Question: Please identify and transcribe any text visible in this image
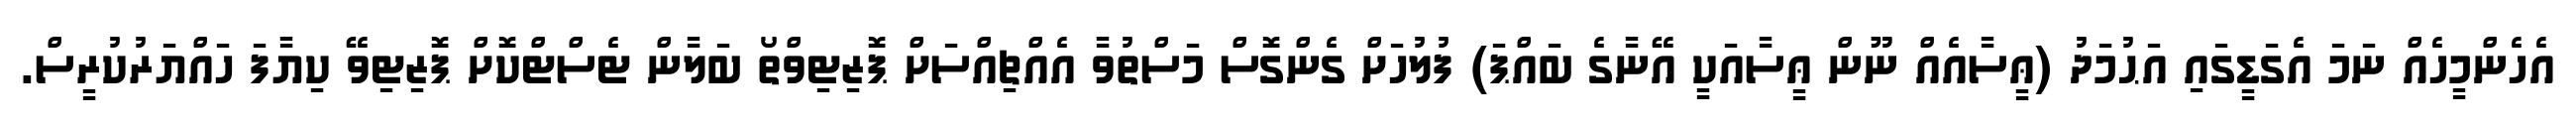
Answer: އެހެންމީހެއް ނަމަ އެގަޑީގައި އަޙުމަދު (ޢީސާއެއް ނޫން ޢީސާއަކީ އޭނާގެ ބައްޕަ) ފުލުހަށް ގެންގޮސް މަސްތުވާ އެއްޗިއްސަށް ޕޮޒިޓިވްތޯ ބަލާން ޓެސްޓްކޮށް ޕޮޒިޓިވޭ ކިޔާފަ ހައްޔަރުކުރީސް.